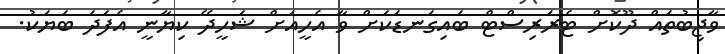
ވާޖިބުތައް ދޫކޮށް ޓެރަރިސްޓް ބައިގަނޑަކަށް ވާ އެހީއަށް ޝަހީދޭ ކިޔާނީ އެފަދަ ބަޔަކު.